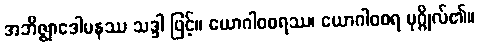
အဘိဇ္ဈာဒေါမနဿ သဒ္ဒါ ဖြင့်။ ယောဂါဝစရဿ၊ ယောဂါဝစရ ပုဂ္ဂိုလ်၏။